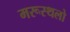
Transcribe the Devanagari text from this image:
मरूस्थलो